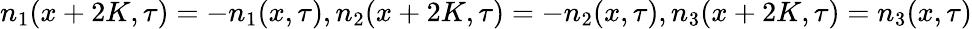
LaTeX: n_{1}(x+2K,\tau)=-n_{1}(x,\tau),n_{2}(x+2K,\tau)=-n_{2}(x,\tau),n_{3}(x+2K,\tau)=n_{3}(x,\tau)